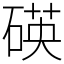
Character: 碤